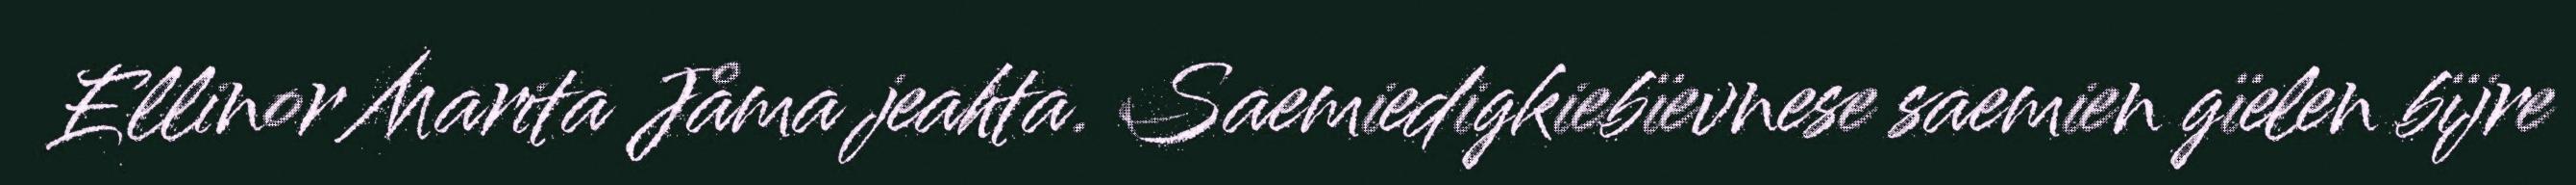
Ellinor Marita Jåma jeahta. Saemiedigkiebïevnese saemien gïelen bïjre